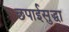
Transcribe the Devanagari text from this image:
छपाईसुद्धा